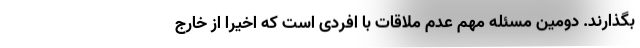
بگذارند. دومین مسئله مهم عدم ملاقات با افردی است که اخیرا از خارج